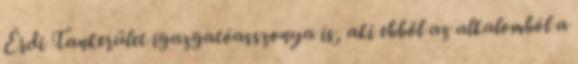
Érdi Tankerület igazgatóasszonya is, aki ebből az alkalomból a